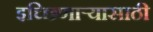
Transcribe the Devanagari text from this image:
इच्छिणाऱ्यासाठी